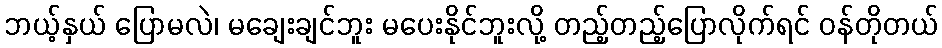
ဘယ့်နှယ် ပြောမလဲ၊ မချေးချင်ဘူး မပေးနိုင်ဘူးလို့ တည့်တည့်ပြောလိုက်ရင် ဝန်တိုတယ်